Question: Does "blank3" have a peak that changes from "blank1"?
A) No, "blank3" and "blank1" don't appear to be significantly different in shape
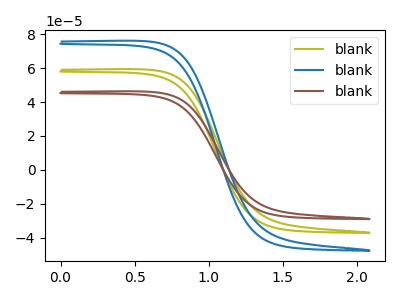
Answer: <think>The olive curve "blank1" has no peaks. The blue curve "blank2" has no peaks. The brown curve "blank3" has no peaks.
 Neither "blank3" or "blank1" have any peaks.</think>
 <answer>A) No, "blank3" and "blank1" don't appear to be significantly different in shape</answer>
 <eval>A</eval>